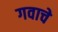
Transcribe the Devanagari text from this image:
गवाचे